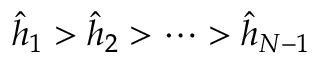
\hat { h } _ { 1 } > \hat { h } _ { 2 } > \cdots > \hat { h } _ { N - 1 }